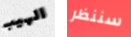
الهيب سننظر